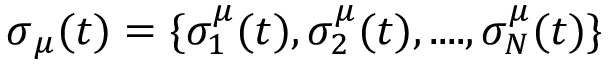
\boldsymbol \sigma _ { \mu } ( t ) = \{ \sigma _ { 1 } ^ { \mu } ( t ) , \sigma _ { 2 } ^ { \mu } ( t ) , . . . . , \sigma _ { N } ^ { \mu } ( t ) \}